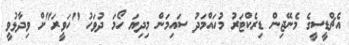
އެޗްޑީސީގެ މެނޭޖިން ޑިރެކްޓަރު މުހައްމަދު ސައިމަން މިދިޔަ ހޯމަ ދުވަހު "ހަވީރަ"ށް ވިދާޅުވީ